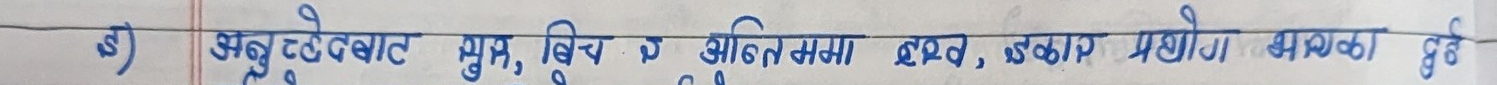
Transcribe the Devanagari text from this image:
अंबुटे, उस्तै मुभ, बिच को अक्तिमा, द्रव, बकन प्रयोग भएको।